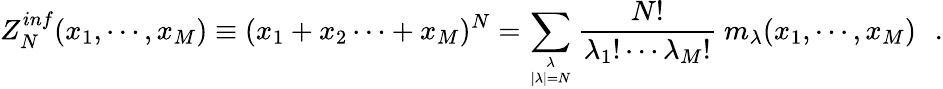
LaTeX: Z_{N}^{inf}(x_{1},\cdots,x_{M})\equiv(x_{1}+x_{2}\cdots+x_{M})^{N}=\sum_{\lambda\atop{|\lambda|=N}}{\frac{N!}{\lambda_{1}!\cdots\lambda_{M}!}}~m_{\lambda}(x_{1},\cdots,x_{M})\, \, \, \, .